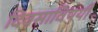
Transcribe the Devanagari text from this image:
दिवसाविषयी